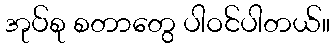
အုပ်စု စတာတွေ ပါဝင်ပါတယ်။